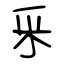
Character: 釆